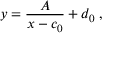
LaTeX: y = { \frac { A } { x - c _ { 0 } } } + d _ { 0 } \; ,